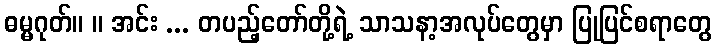
ဓမ္မဂုတ်။ ။ အင်း ... တပည့်တော်တို့ရဲ့ သာသနာ့အလုပ်တွေမှာ ပြုပြင်စရာတွေ